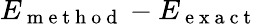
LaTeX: E_{\mathrm{~m~e~t~h~o~d~}}-E_{\mathrm{~e~x~a~c~t~}}